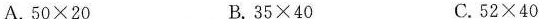
A.$$5 0 \times 2 0$$ B.$$3 5 \times 4 0$$ C.$$5 2 \times 4 0$$